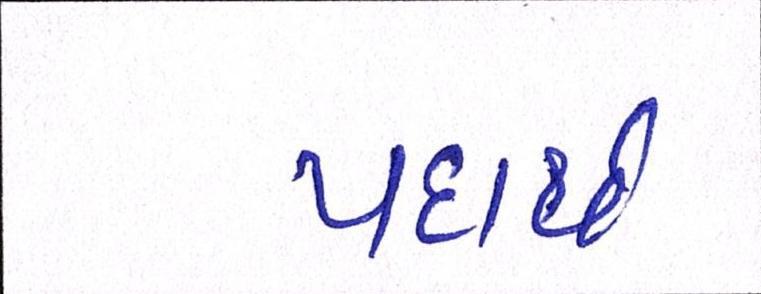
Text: પદાર્થ